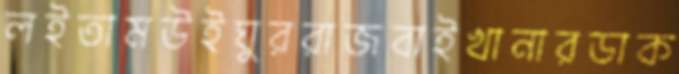
লইতামউইঘুররাজবাইখানারডাক